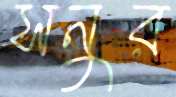
সনুর